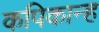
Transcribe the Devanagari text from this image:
कपिकान्ह